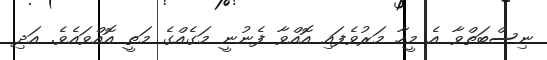
ނިސްބަތްވާ އެ މީހާ މަރުވެފައި އޮއްވާ ފެނުނީ މަގެއްގެ މަތީ އޮއްވައެވެ. އަދި